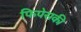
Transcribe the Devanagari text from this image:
फिपेसकी